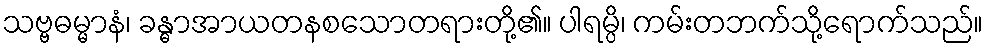
သဗ္ဗဓမ္မာနံ၊ ခန္ဓာအာယတနစသောတရားတို့၏။ ပါရမ္ပိ၊ ကမ်းတဘက်သို့ရောက်သည်။